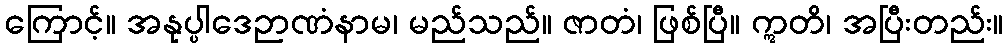
ကြောင့်။ အနုပ္ပါဒေဉာဏံနာမ၊ မည်သည်။ ဇာတံ၊ ဖြစ်ပြီ။ ဣတိ၊ အပြီးတည်း။